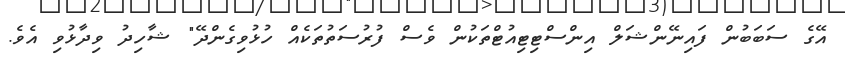
އޭގެ ސަބަބުން ފައިނޭންޝަލް އިންސްޓިޓިއުޓްތަކުން ވެސް ފުރުސަތުތަކެއް ހުޅުވިގެންދޭ" ޝާހިދު ވިދާޅުވި އެވެ.